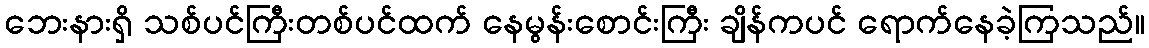
ဘေးနားရှိ သစ်ပင်ကြီးတစ်ပင်ထက် နေမွန်းစောင်းကြီး ချိန်ကပင် ရောက်နေခဲ့ကြသည်။